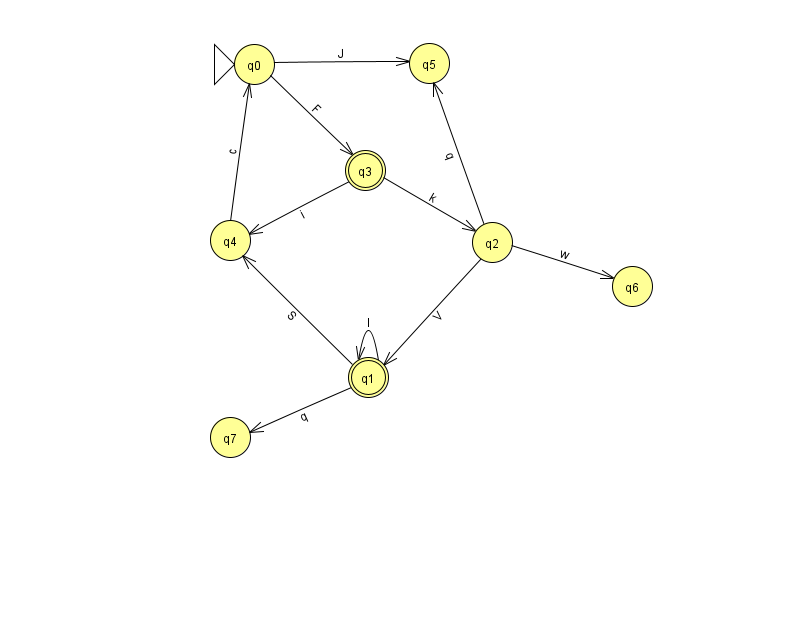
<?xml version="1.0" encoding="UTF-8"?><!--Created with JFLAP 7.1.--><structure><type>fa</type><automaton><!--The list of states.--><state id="0" name="q0"><x>254.0</x><y>51.0</y><initial/></state><state id="1" name="q1"><x>368.0</x><y>364.0</y><final/></state><state id="2" name="q2"><x>492.0</x><y>229.0</y></state><state id="3" name="q3"><x>365.0</x><y>157.0</y><final/></state><state id="4" name="q4"><x>230.0</x><y>227.0</y></state><state id="5" name="q5"><x>429.0</x><y>50.0</y></state><state id="6" name="q6"><x>632.0</x><y>273.0</y></state><state id="7" name="q7"><x>230.0</x><y>424.0</y></state><!--The list of transitions.--><transition><from>1</from><to>4</to><read>S</read></transition><transition><from>2</from><to>5</to><read>q</read></transition><transition><from>0</from><to>5</to><read>J</read></transition><transition><from>4</from><to>0</to><read>c</read></transition><transition><from>3</from><to>4</to><read>i</read></transition><transition><from>3</from><to>2</to><read>k</read></transition><transition><from>2</from><to>1</to><read>V</read></transition><transition><from>2</from><to>6</to><read>w</read></transition><transition><from>1</from><to>1</to><read>l</read></transition><transition><from>0</from><to>3</to><read>F</read></transition><transition><from>1</from><to>7</to><read>q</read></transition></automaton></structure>